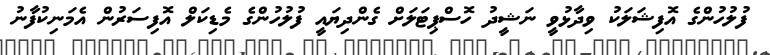
ފުލުހުންގެ އޮފިޝަލަކު ވިދާޅުވީ ނަޝީދު ހޮސްޕިޓަލަށް ގެންދިޔައީ ފުލުހުންގެ މެޑިކަލް އޮފިސަރުން އެމަނިކުފާނު